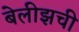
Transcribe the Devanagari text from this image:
बेलीझची